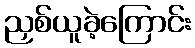
ညှစ်ယူခဲ့ကြောင်း